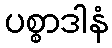
ပစ္စာဒါနံ